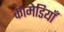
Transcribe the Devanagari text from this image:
कामेडियाँ